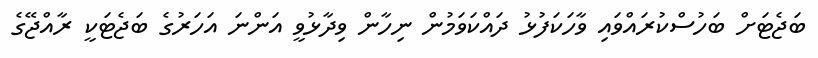
ބަޖެޓަށް ބަހުސްކުރައްވައި ވާހަކަފުޅު ދައްކަވަމުން ނިހާން ވިދާޅުވީ އަންނަ އަހަރުގެ ބަޖެޓަކީ ރާއްޖޭޭގެ